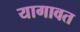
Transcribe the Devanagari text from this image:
यागावत